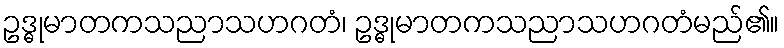
ဥဒ္ဓုမာတကသညာသဟဂတံ၊ ဥဒ္ဓုမာတကသညာသဟဂတံမည်၏။